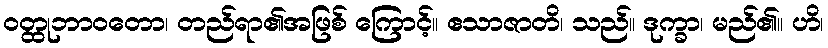
ဝတ္ထုဘာဝတော၊ တည်ရာ၏အဖြစ် ကြောင့်။ ဧသာဇာတိ၊ သည်။ ဒုက္ခာ၊ မည်၏။ ဟိ၊